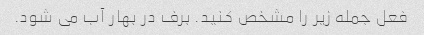
فعل جمله زیر را مشخص کنید. برف در بهار آب می شود.